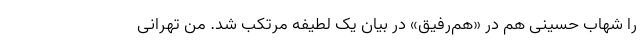
را شهاب حسینی هم در «هم‌رفیق» در بیان یک لطیفه مرتکب شد. منِ تهرانی